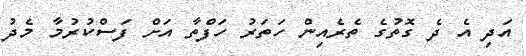
އަދި އެ ދެ ގޮތުގެ ތެރެއިން ހަތަރު ހަފްތާ އަށް ފަސްކުރުމާ މެދު